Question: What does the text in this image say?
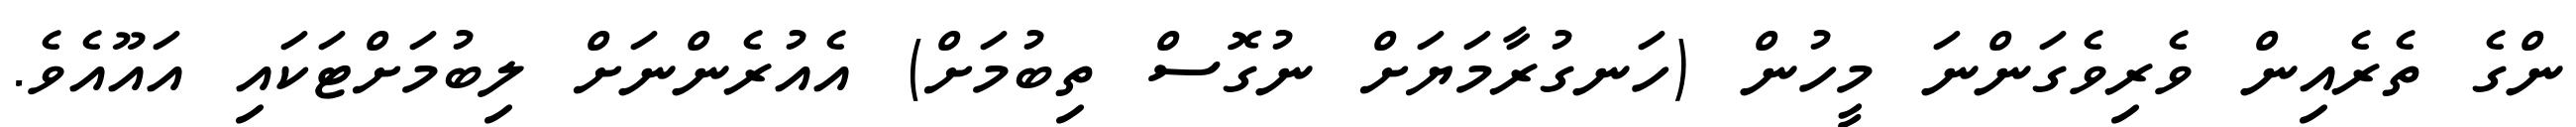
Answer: ންގެ ތެރެއިން ވެރިވެގަންނަ މީހުން (ހަނގުރާމަޔަށް ނުގޮސް ތިބުމަށް) އެއުރެންނަށް ލިބުމަށްޓަކައި އައޫއެވެ.